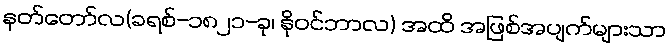
နတ်တော်လ(ခရစ်-၁၈၂၁-ခု၊ နိုဝင်ဘာလ) အထိ အဖြစ်အပျက်များသာ